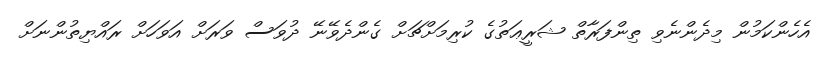
އެހެންކަމުން މިދެންނެވި ތިންފަރާތް ޝަރީޢަތުގެ ކުރިމަށްޗަށް ގެންދެވޭނޭ ދުވަސް ވަރަށް އަވަހަށް ރައްޔިތުންނަށް